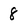
Character: 8